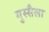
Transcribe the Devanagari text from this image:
गुस्सैला